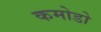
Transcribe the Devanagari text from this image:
कमोडो